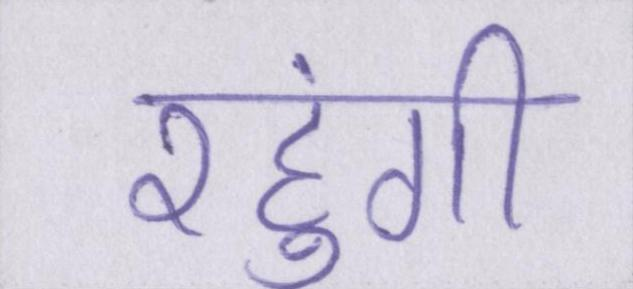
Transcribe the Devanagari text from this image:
रहुंगी